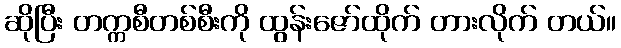
ဆိုပြီး တက္ကစီတစ်စီးကို ထွန်းဇော်ထိုက် တားလိုက် တယ်။